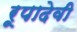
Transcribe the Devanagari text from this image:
रूपादेवी